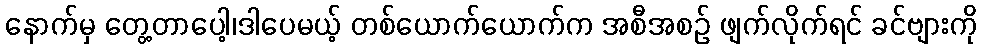
နောက်မှ တွေ့တာပေါ့၊ဒါပေမယ့် တစ်ယောက်ယောက်က အစီအစဉ် ဖျက်လိုက်ရင် ခင်ဗျားကို